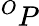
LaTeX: ^OP